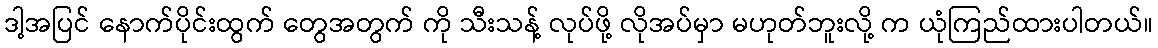
ဒါ့အပြင် နောက်ပိုင်းထွက် တွေအတွက် ကို သီးသန့် လုပ်ဖို့ လိုအပ်မှာ မဟုတ်ဘူးလို့ က ယုံကြည်ထားပါတယ်။